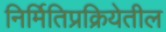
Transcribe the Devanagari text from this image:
निर्मितिप्रक्रियेतील